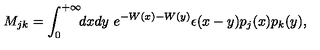
M _ { j k } = \int _ { 0 } ^ { + \infty } \! \! d x d y \ e ^ { - W ( x ) - W ( y ) } \epsilon ( x - y ) p _ { j } ( x ) p _ { k } ( y ) ,